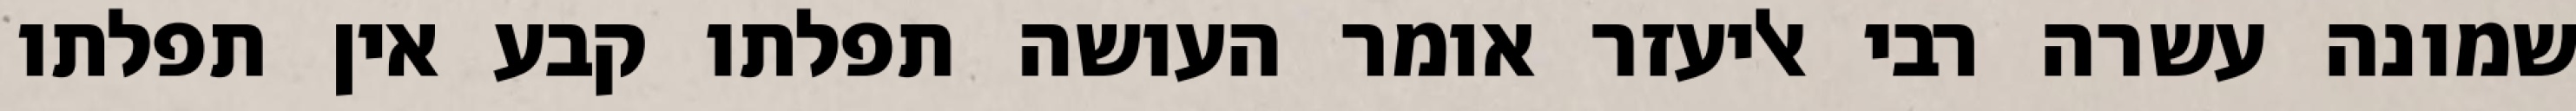
שמונה עשרה רבי אליעזר אומר העושה תפלתו קבע אין תפלתו